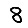
Digit: 8